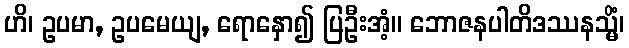
ဟိ၊ ဥပမာ, ဥပမေယျ, ရောနှော၍ ပြဦးအံ့။ ဘောဇနပါတိဒဿနသ္မိံ၊